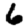
Digit: 6